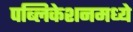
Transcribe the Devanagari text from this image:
पब्लिकेशनमध्ये